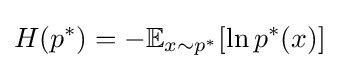
H(p^{*})=-\mathbb {\mathbb {E} } _{x\sim p^{*}}[\ln p^{*}(x)]